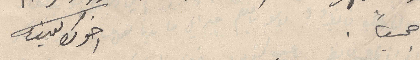
جميعاً                                                                               اخوك يوسف